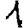
Digit: 1